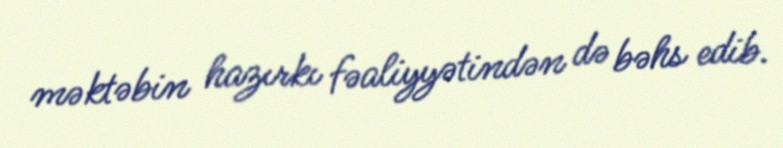
məktəbin hazırkı fəaliyyətindən də bəhs edib.